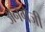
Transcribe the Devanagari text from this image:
अनग्रेजी